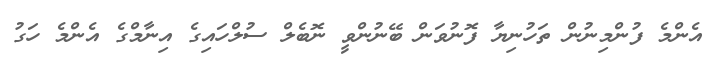
އެންމެ ފުންމިނުން ތަހުނިޔާ ފޮނުވަން ބޭނުންވީ ނޮބެލް ސުލްހައިގެ އިނާމްގެ އެންމެ ހަގު